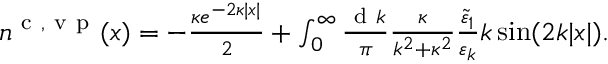
\begin{array} { r } { n ^ { \ensuremath { \mathrm { ~ c ~ } } , \ensuremath { \mathrm { ~ v ~ p ~ } } } ( x ) = - \frac { \kappa e ^ { - 2 \kappa | x | } } { 2 } + \int _ { 0 } ^ { \infty } \frac { \ensuremath { \mathrm { ~ d ~ } } k } { \pi } \frac { \kappa } { k ^ { 2 } + \kappa ^ { 2 } } \frac { \tilde { \varepsilon } _ { 1 } } { \varepsilon _ { k } } k \sin ( 2 k | x | ) . } \end{array}